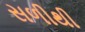
સળીથી